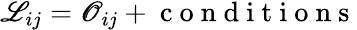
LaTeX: \begin{array}{r}{\mathscr{L}_{ij}=\mathscr{O}_{ij}+\mathrm{~c~o~n~d~i~t~i~o~n~s~}}\end{array}